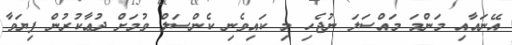
އޭނައާއި މަންމަ މައްސަލަ ނުޖެހި މި ކައިވެނި ކެންސަލް ވުމަށް ދުޢާކުރުން ފިޔަވާ